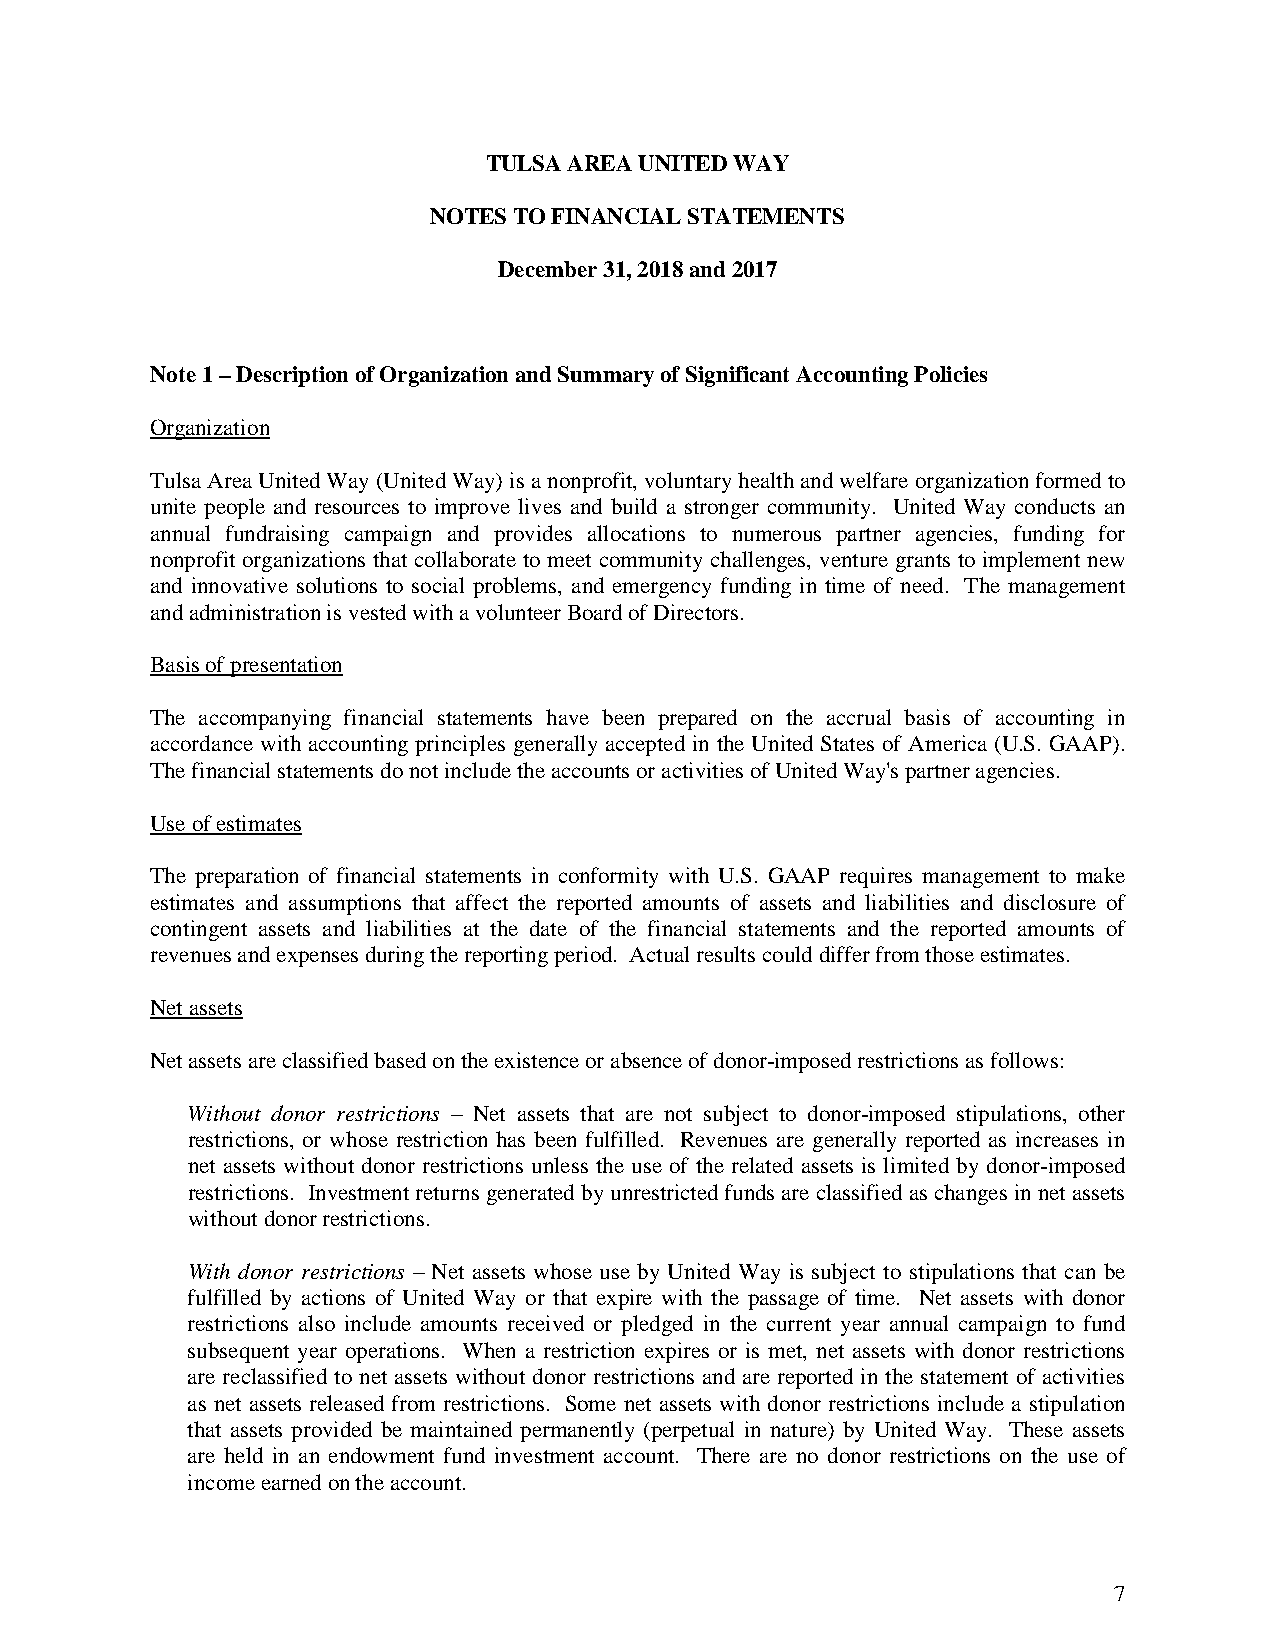
TULSA AREA UNITED WAY
 NOTES TO FINANCIAL STATEMENTS
 December 31, 2018 and 2017
 Note 1 – Description of Organization and Summary of Significant Accounting Policies
 Organization
 Tulsa Area United Way (United Way) is a nonprofit, voluntary health and welfare organization formed to
 unite people and resources to improve lives and build a stronger community. United Way conducts an
 annual fundraising campaign and provides allocations to numerous partner agencies, funding for
 nonprofit organizations that collaborate to meet community challenges, venture grants to implement new
 and innovative solutions to social problems, and emergency funding in time of need. The management
 and administration is vested with a volunteer Board of Directors.
 Basis of presentation
 The accompanying financial statements have been prepared on the accrual basis of accounting in
 accordance with accounting principles generally accepted in the United States of America (U.S. GAAP).
 The financial statements do not include the accounts or activities of United Way's partner agencies.
 Use of estimates
 The preparation of financial statements in conformity with U.S. GAAP requires management to make
 estimates and assumptions that affect the reported amounts of assets and liabilities and disclosure of
 contingent assets and liabilities at the date of the financial statements and the reported amounts of
 revenues and expenses during the reporting period. Actual results could differ from those estimates.
 Net assets
 Net assets are classified based on the existence or absence of donor-imposed restrictions as follows:
 Without donor restrictions – Net assets that are not subject to donor-imposed stipulations, other
 restrictions, or whose restriction has been fulfilled. Revenues are generally reported as increases in
 net assets without donor restrictions unless the use of the related assets is limited by donor-imposed
 restrictions. Investment returns generated by unrestricted funds are classified as changes in net assets
 without donor restrictions.
 With donor restrictions – Net assets whose use by United Way is subject to stipulations that can be
 fulfilled by actions of United Way or that expire with the passage of time. Net assets with donor
 restrictions also include amounts received or pledged in the current year annual campaign to fund
 subsequent year operations. When a restriction expires or is met, net assets with donor restrictions
 are reclassified to net assets without donor restrictions and are reported in the statement of activities
 as net assets released from restrictions. Some net assets with donor restrictions include a stipulation
 that assets provided be maintained permanently (perpetual in nature) by United Way. These assets
 are held in an endowment fund investment account. There are no donor restrictions on the use of
 income earned on the account.
 7